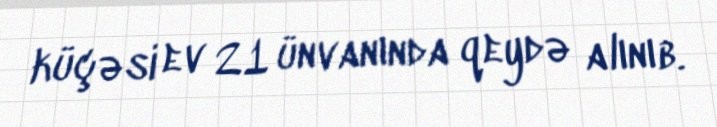
küçəsi ev 21 ünvanında qeydə alınıb.